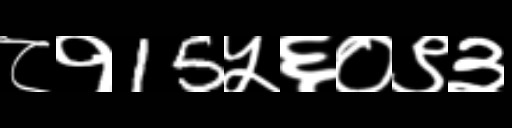
Text: ८१15५६०९३